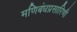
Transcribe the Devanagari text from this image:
मणिबंधप्रसारिणी